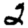
Digit: 2